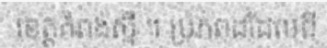
ខេត្តកំពង់ស្ពឺ ។ ប្រភពដដែលពី